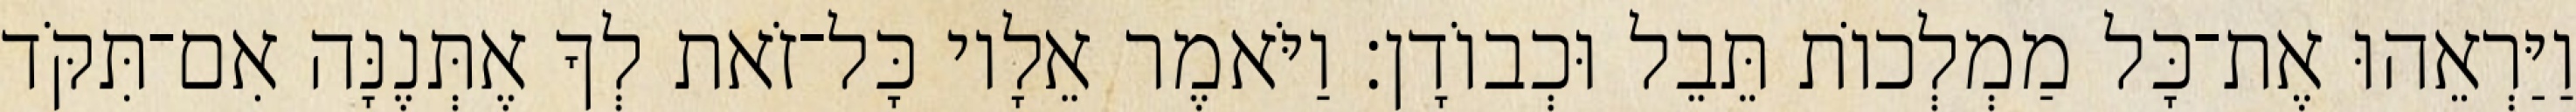
וַיַּרְאֵהוּ אֶת־כָּל מַמְלְכוֹת תֵּבֵל וּכְבוֹדָן׃ וַיֹּאמֶר אֵלָיו כָּל־זֹאת לְךָ אֶתְּנֶנָּה אִם־תִּקֹּד